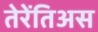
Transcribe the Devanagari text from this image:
तेरेंतिअस